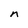
Character: n